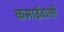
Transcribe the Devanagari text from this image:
कमाईवाली